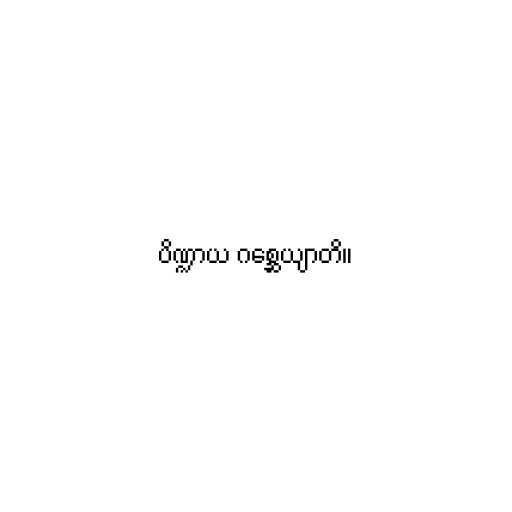
ပိဏ္ဍာယ ဂစ္ဆေယျာတိ။